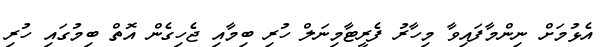
އެޅުމަށް ނިންމާފައިވާ މިހާރު ފެރީޓާމިނަލް ހުރި ބިމާއި ޖެހިގެން އޮތް ބިމުގައި ހުރި